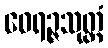
ဝေရဉ္ဇသုတ္တံ